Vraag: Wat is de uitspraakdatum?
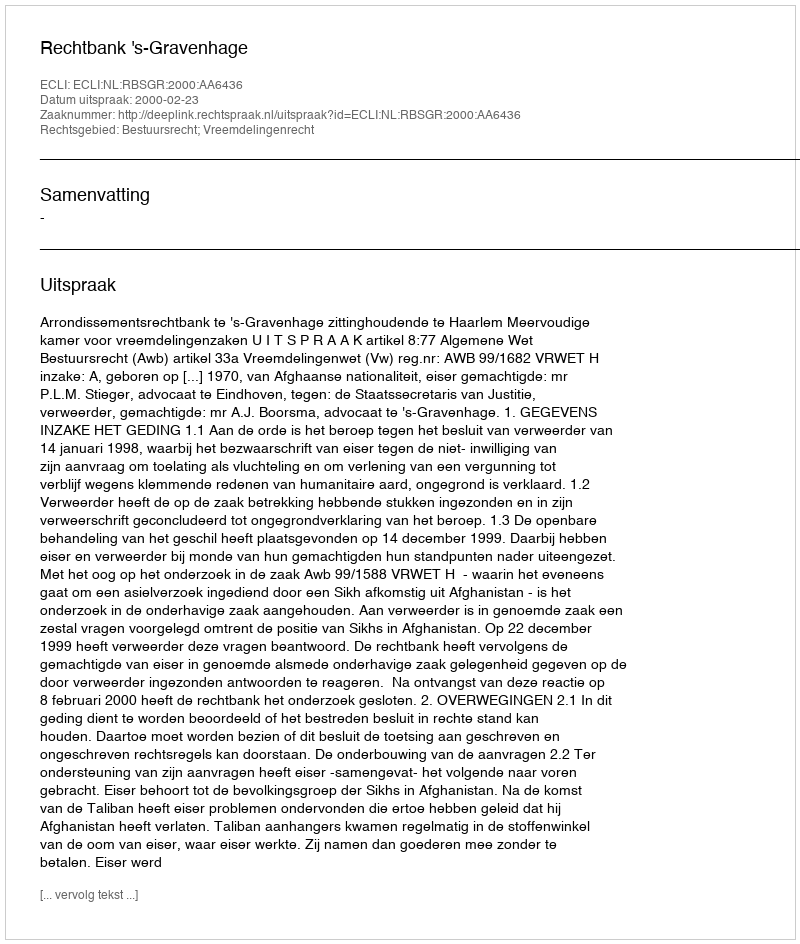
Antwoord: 2000-02-23